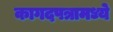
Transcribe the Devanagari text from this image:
कागदपत्रामध्ये